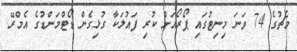
މެޗުގެ 74 ވަނަ މިނިޓުގައި ޕޯރޯއަށް ކުރި ފައުލަކާ ގުޅިގެން ޑޯޓްމަންޑުގެ އެމްރޭ